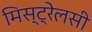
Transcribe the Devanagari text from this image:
मिस्ट्रेलसी